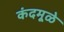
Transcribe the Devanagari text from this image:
कंदमूळे